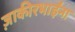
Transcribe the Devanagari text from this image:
ज़ाकीरभाईंना